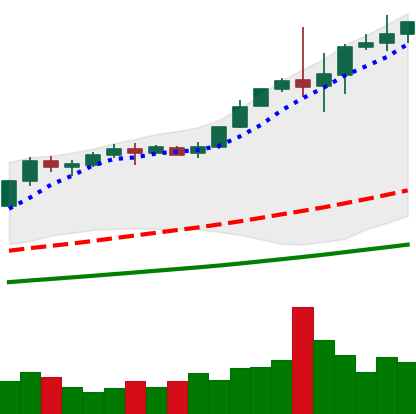
Ticker: BTC-USD
Chart end date: 2017-12-04
Forward return: 30.205%
Label: up_7plus